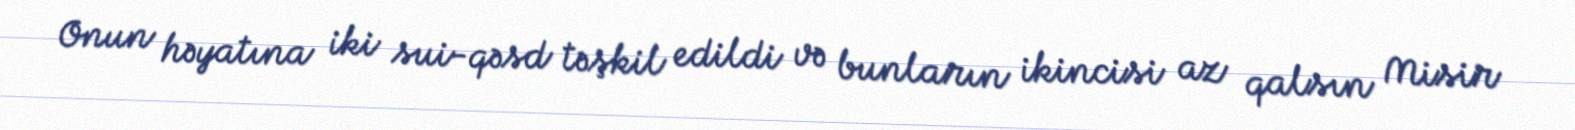
Onun həyatına iki sui-qəsd təşkil edildi və bunların ikincisi az qalsın Misir